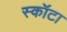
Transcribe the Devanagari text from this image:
स्कॉटा